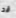
قد